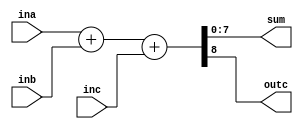
`timescale 1ns / 1ps
//////////////////////////////////////////////////////////////////////////////////
module adder8(
    input [7:0] ina,
    input [7:0] inb,
    input inc,
    output [7:0] sum,
    output outc
    );
    assign {outc,sum} = ina + inb + inc;
endmodule